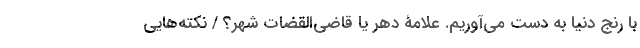
با رنج دنیا به دست می‌آوریم. علامۀ دهر یا قاضی‌القضات شهر؟ / نکته‌هایی